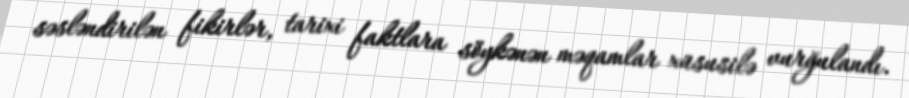
səsləndirilən fikirlər, tarixi faktlara söykənən məqamlar xüsusilə vurğulandı.